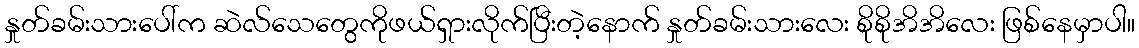
နှုတ်ခမ်းသားပေါ်က ဆဲလ်သေတွေကိုဖယ်ရှားလိုက်ပြီးတဲ့နောက် နှုတ်ခမ်းသားလေး စိုစိုအိအိလေး ဖြစ်နေမှာပါ။